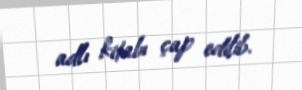
adlı kitabı çap edilib.